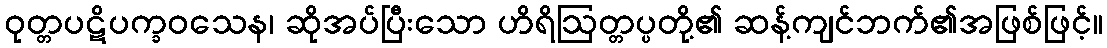
ဝုတ္တပဋိပက္ခဝသေန၊ ဆိုအပ်ပြီးသော ဟိရိဩတ္တပ္ပတို့၏ ဆန့်ကျင်ဘက်၏အဖြစ်ဖြင့်။